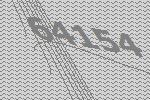
64154